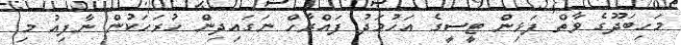
މަހިބަދޫގެ ވާތް ފަޅިން ޓީސީގެ އަހުމަދު ފައްރާހް ނަގައިދިން ހުރަހަކުން ނާފިއު މި